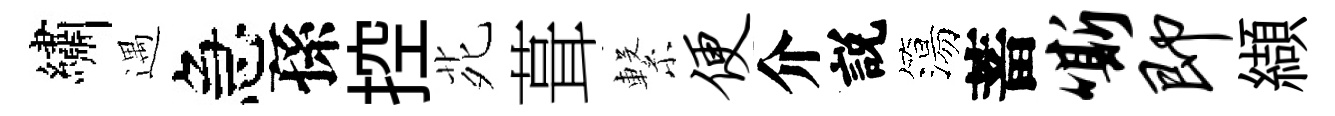
繡遇急孫控𫟍葺繋便介説簜蓄嘶即纈